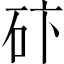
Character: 𥑃